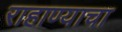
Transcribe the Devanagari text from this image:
राहाण्याचा